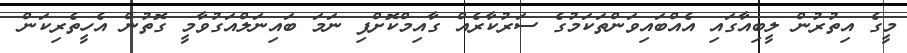
މީގެ އިތުރުން ލީބިއާގައި އެއްބައިވަންތަކަމުގެ ސަރުކާރެއް ގާއިމްކޮށްފި ނަމަ ބައިނަލްއަގުވާމީ ގޮތުން އެހީތެރިކަން